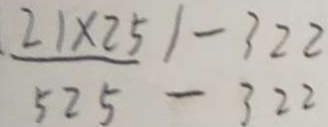
\frac { 2 1 \times 2 5 } { 5 2 5 } - 3 2 2